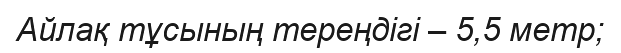
Айлақ тұсының тереңдігі – 5,5 метр;